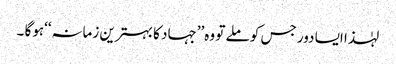
لہٰذا ایسا دور جس کو ملے تو وہ’’جہاد کا بہترین زمانہ‘‘ہوگا ۔